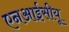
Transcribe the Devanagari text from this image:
एनआईसीयू